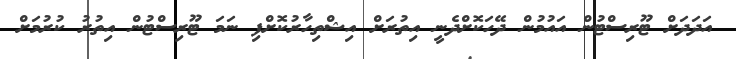
އަދަދަށް ޓޫރިސްޓުން އައުމުން ދޭހަކޮށްދެނީ އިތުރަށް އިޝްތިހާރުކޮށްފި ނަމަ ޓޫރިސްޓުން އިތުރު ކުރުމަށް